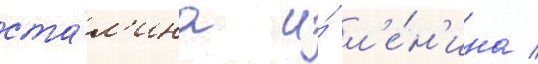
ста́л'ина и́ л'е́н'ина /